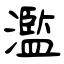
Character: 濫